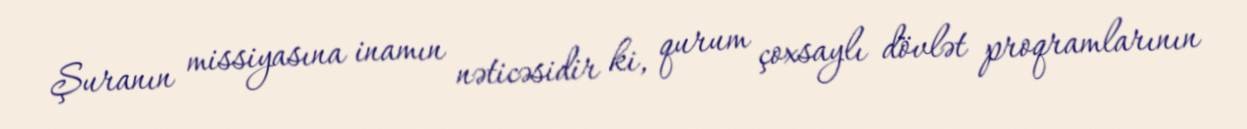
Şuranın missiyasına inamın nəticəsidir ki, qurum çoxsaylı dövlət proqramlarının